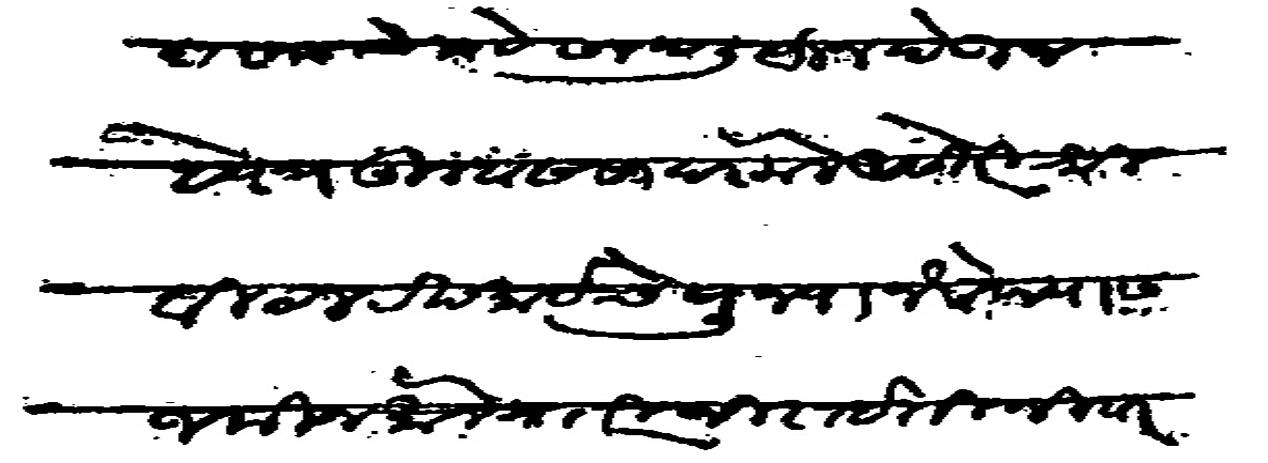
Transliteration (Devanagari): कमावीसदार याचे नावे सनद लिहून देऊन हे पत्र तुम्हास सादर केले असे तरी श्री विठल रखमाईचे पुज्या नेवेदयास जमिन मौजे मारी जिराईती निवारसी